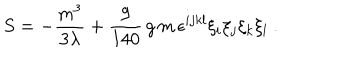
S = - \frac { m ^ { 3 } } { 3 \lambda } + \frac { 9 } { 1 4 0 } \, g \, m \, \epsilon ^ { i j k l } \xi _ { i } \xi _ { j } \xi _ { k } \xi _ { l } \ .